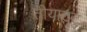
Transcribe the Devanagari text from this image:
तीयाट्टु